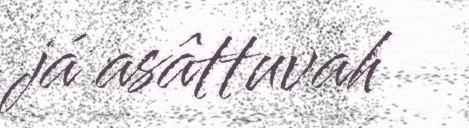
já asâttuvah